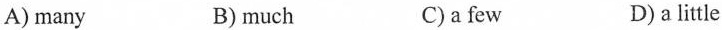
A) many B) much C) a few D) a little